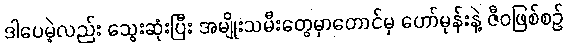
ဒါပေမဲ့လည်း သွေးဆုံးပြီး အမျိုးသမီးတွေမှာတောင်မှ ဟော်မုန်းနဲ့ ဇီဝဖြစ်စဉ်